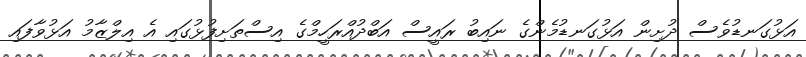
އަޅުގަނޑުވެސް ދުށިން އަޅުގަނޑުމެންގެ ނައިބު ރައީސް އަބްދުއްރަހީމްގެ އިސްތަށިފުޅުގައި އެ އިލްޒާމު އަޅުވާފައި